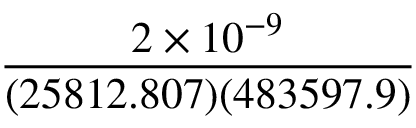
\frac { 2 \times 1 0 ^ { - 9 } } { ( 2 5 8 1 2 . 8 0 7 ) ( 4 8 3 5 9 7 . 9 ) }